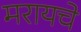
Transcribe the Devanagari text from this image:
मरायचे